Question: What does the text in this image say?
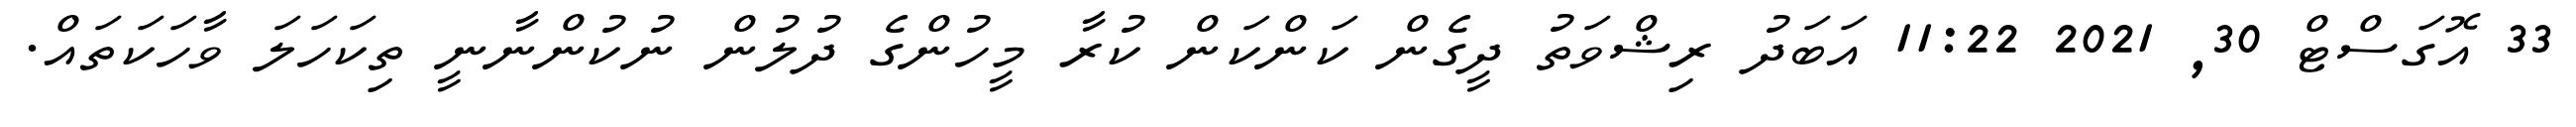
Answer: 33 އޮގަސްޓް 30, 2021 11:22 އަބަދު ރިޝްވަތު ދީގެން ކަންކަން ކުރާ މީހުންގެ ދުލުން ނުކުންނާނީ ތިކަހަލަ ވާހަކަތައް.